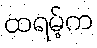
ထရမ့်က